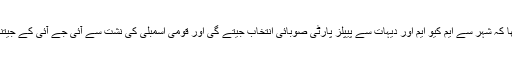
جس میں یقینی تھا کہ شہر سے ایم کیو ایم اور دیہات سے پیپلز پارٹی صوبائی انتخاب جیتے گی اور قومی اسمبلی کی نشت سے آئی جے آئی کے جیتنے کا امکان تھا ۔